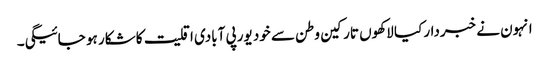
انہون نے خبردار کیا لاکھوں تارکین وطن سے خود یورپی آبادی اقلیت کا شکار ہو جائیگی۔